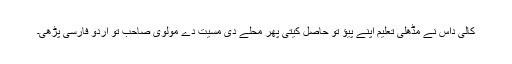
کالی داس نے مڈھلی تعلیم اپنے پیؤ تو حاصل کیتی پھر محلے دی مسیت دے مولوی صاحب تو اردو فارسی پڑھی۔